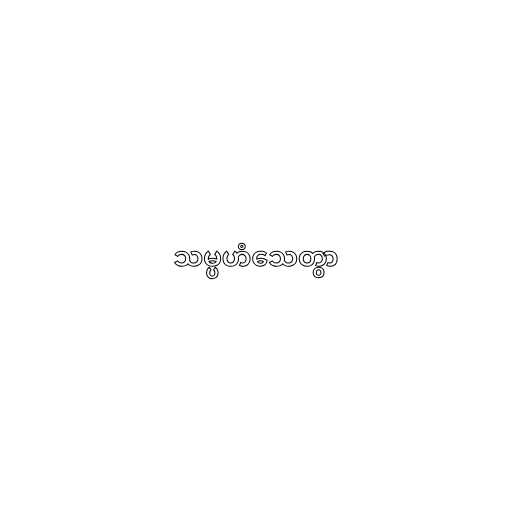
သမ္ပဟံသေတွာ